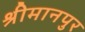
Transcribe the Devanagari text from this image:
श्रीमानपुर